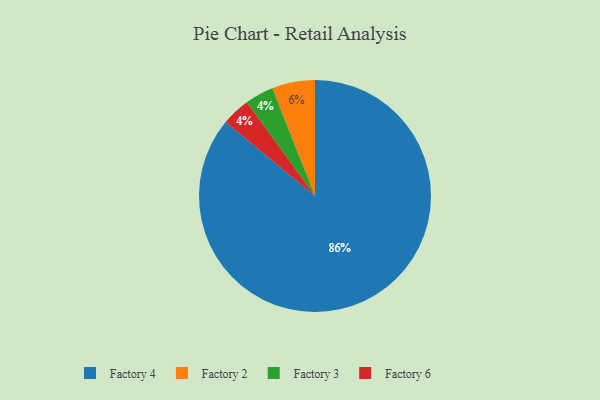
{"axis": {"x": "Category", "y": "Percentage"}, "legend": ["Factory 2", "Factory 3", "Factory 4", "Factory 6"], "data": [{"x": "Factory 3", "y": 4, "type": "Factory 3"}, {"x": "Factory 2", "y": 6, "type": "Factory 2"}, {"x": "Factory 4", "y": 86, "type": "Factory 4"}, {"x": "Factory 6", "y": 4, "type": "Factory 6"}]}